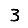
Digit: 3